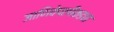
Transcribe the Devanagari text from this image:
जाणिवेपलीकडचा